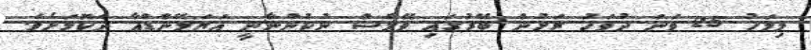
މިމަހު 25 ވަނަ ދުވަހު ރަށުން ބޭރުގައި ވޭލްސް ނުކުންނާނީ އަޔަލޭންޑްއާ ދެކޮޅަށެވެ.